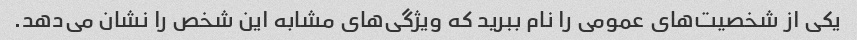
یکی از شخصیت‌های عمومی را نام ببرید که ویژگی‌های مشابه این شخص را نشان می‌دهد.